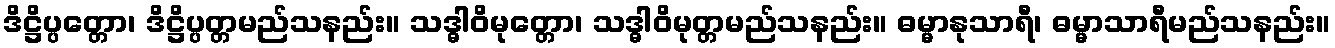
ဒိဋ္ဌိပ္ပတ္တော၊ ဒိဋ္ဌိပ္ပတ္တမည်သနည်း။ သဒ္ဓါဝိမုတ္တော၊ သဒ္ဓါဝိမုတ္တမည်သနည်း။ ဓမ္မာနုသာရီ၊ ဓမ္မာသာရီမည်သနည်း။